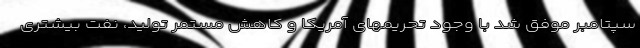
سپتامبر موفق شد با وجود تحریمهای آمریکا و کاهش مستمر تولید، نفت بیشتری